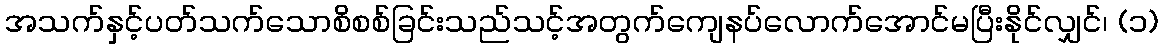
အသက်နှင့်ပတ်သက်သောစိစစ်ခြင်းသည်သင့်အတွက်ကျေနပ်လောက်အောင်မပြီးနိုင်လျှင်၊ (၁)